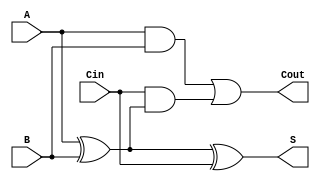
module FullAdder (
    input wire A,
    input wire B,
    input wire Cin,
    output wire S,
    output wire Cout
);
    assign S = A ^ B ^ Cin;               // Sum
    assign Cout = (A & B) | (Cin & (A ^ B)); // Carry-out
endmodule